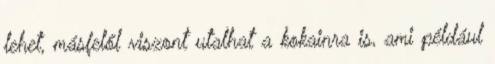
lehet, másfelől viszont utalhat a kokainra is, ami például